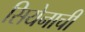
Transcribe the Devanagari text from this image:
सियेनाची